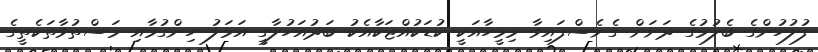
ފުލުހުންގެ ބެލުމުގެ ދަށަށް ގެނެސްފައިވާ މިމީހާއަކީ ކުޑަކުއްޖަކާއެކު ބަދުއަހުލާގީ އަމަލު ހިންގުމާއި މަސްތުވާތަކެތީގެ